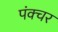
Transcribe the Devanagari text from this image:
पंक्‍चर